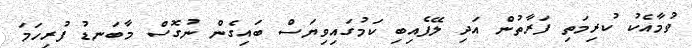
ވުމާއެކު ކުރިމަތި ފަރާތުން އަދި ލޭފެއިބި ކަމުގައިވިޔަސް ބައިގެން ނުގޮސް މާބަނޑު ފުރިހަމަ